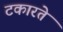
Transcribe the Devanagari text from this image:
टकारते